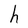
Character: h